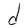
Character: d